Statistical return of the lunatic asylum in Assam - 1912-1932
Year: 1912
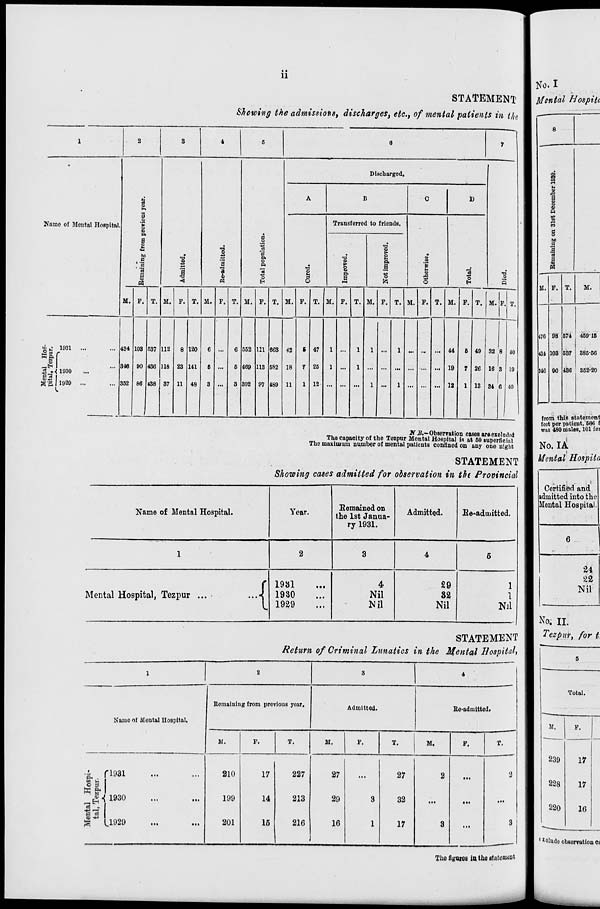
11
STATEMENT
Showing the admissions, discharges, etc., of mental patients in the
1
2
3
4
5
6
7
•
>i
9
g n
a
1
bo
a
fj
'3
a
•a
CO
a
13
•a)
T3
CD
a
&
«
a
o
cl
3
a
o
ft
"3
O
H
Discharged.
A
B
C
D
Name of Mental Hospital.
13
(3
Transferred to friends.
'2
M
o
"3
"o
H
T3
9
t* o
Pi
a
T3
fi
t»
O
G
a,
a
to
M. F. T. M. P. T. 11. F. T. M. F. T. M. F. T. M. F. T. M. F. T. M. F. T. M. F. T. M. P.
8
3
0
1
T.
,-EH
§3
MB.
1931
...
1930
1920
...
434
346
352
103
90
86
1
537
436
138
112
118
87
8
23
11
120
141
48
6
5
3 ...
G
5
3
552
469
392
Ill
113
97
663
582
489
42
18
11
6
7
1
47
25
12
1
1
...
1
1
1
1 ...
1
1
... ..
...
44
19
12
6
7
1
49
26
13
32
16
34
40
19
40
Jf B.~Observation cases axeexcluded
The capacity of the Tozpur Mental Hospital is at 60 superficial
The maximum number of mental patients confined on any one night
STATEMENT
Showing cases admitted for observation in th Provincial
Name of Mental Hospital.
Year.
Remained on
the 1st Janua-
ry 1931.
Admitted.
Re-admitted.
1
2
3
4
5
Mental Hospital, Tezpur ...
...<
1981
1930
1929
4
Nil
Nil
29
82
Nil
1
1
Nil
STATEMENT
Return of Criminal Lunatics in the Mental Hospital^
1
2
3
'
4
Namo of Mental Hospital.
Remaining from previous year.
Admitted.
Re-admitted.
M.
F.
T.
M.
F.
T.
M.
F.
T.
Mental Hospi-
tal, Tezpur.
i ' . 'O i
. • .
...
lyju
i..
in
210
199
201
17
14
16
227
213
216
27
29
16
3
1
27
32
17
2
3
...
2
...
3
No. I
0ental Hospitc
©
a
d
o
M
a
33 a
M.IF.
47C
431
310
98
103
90
M.
574
5S7
45915
385-56
436 . 352-20
from this statement
feet per patient, 666 f
was 480 males, 101 fet
No. iX.
Mental Hospita
Certified and
admitted into the
Mental Hospital
6
24
22
Nil
No. II.
Tezpur, for t,
Total.
M.
239
17
228
17
220
16
f *oludo observation ci
Tin.' Agates ia thy statement